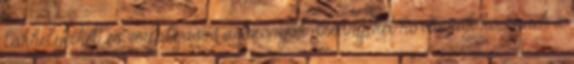
lakhelyeiket, és vérfolyásos asszonyok szörnyeket hordanak ki: Ennek a